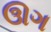
ઊગ